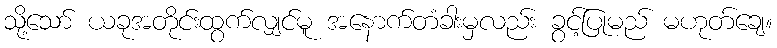
သို့သော် ယခုအတိုင်းထွက်လျှင်မူ အနောက်တံခါးမှလည်း ခွင့်ပြုမည် မဟုတ်ချေ။